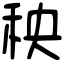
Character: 秧